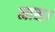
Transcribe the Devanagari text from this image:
मास।